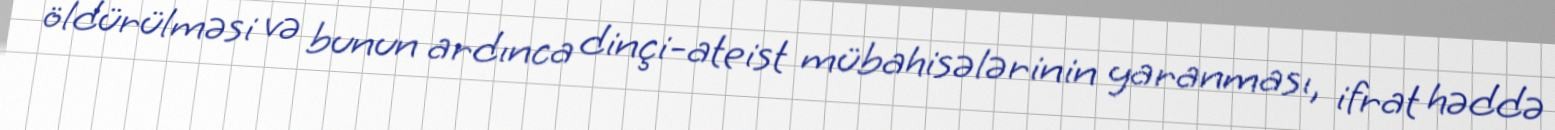
öldürülməsi və bunun ardınca dinçi-ateist mübahisələrinin yaranması, ifrat həddə